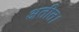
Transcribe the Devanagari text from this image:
अतीत।